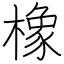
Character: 橡